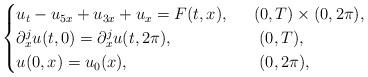
LaTeX: \begin{align*}\begin{cases}u_t-u_{5x}+u_{3x}+u_x=F(t,x), & \ \ (0,T)\times (0,2\pi),\\\partial_x^ju(t,0)=\partial_x^ju(t,2\pi), & \ \ \ (0,T),\\u(0,x)=u_0(x), &\ \ \ (0,2\pi),\end{cases}\end{align*}